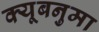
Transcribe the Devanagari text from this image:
क्यूबनुमा